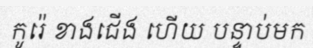
កូរ៉េ ខាងជើង ហើយ បន្ទាប់មក